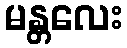
မန္တလေး